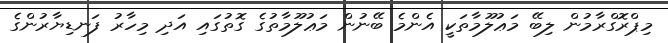
މިޕްރޮގްރާމުން ލިބޭ މަޢުލޫމާތަކީ އެންމެ ބޭނުން މަޢުލޫމާތުގެ ގޮތުގައި އަދި މިހާރު ފަނޑިޔާރުންގެ